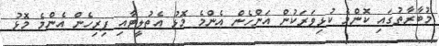
މުބާރާތުގައި ކޮންމެ ކުޅިވަރަކުން އަންހެން އެންމެ މޮޅު އެތުލީޓާއި ފިރިހެން އެންމެ މޮޅު